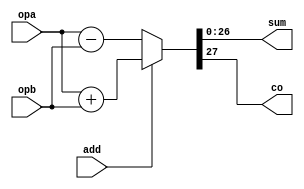
module add_sub27(add, opa, opb, sum, co);
input		add;
input	[26:0]	opa, opb;
output	[26:0]	sum;
output		co;



assign {co, sum} = add ? (opa + opb) : (opa - opb);

endmodule